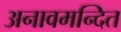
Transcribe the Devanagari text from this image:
अनावमन्दित